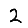
Digit: 2